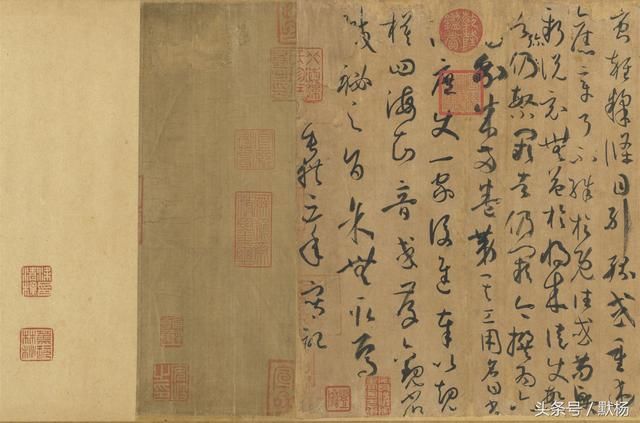
不知戒，后必有，恨后遂过不肯悔，谗夫多进。